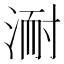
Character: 𭱈